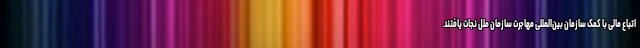
اتباع مالی با کمک سازمان بین‌المللی مهاجرت سازمان ملل نجات یافتند.